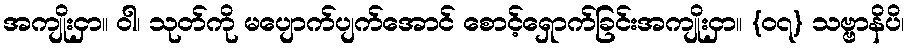
အကျိုးငှာ။ ဝါ၊ သုတ်ကို မပျောက်ပျက်အောင် စောင့်ရှောက်ခြင်းအကျိုးငှာ။ {၀၇} သဗ္ဗာနိပိ၊